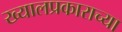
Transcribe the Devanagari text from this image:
ख्यालप्रकाराच्या